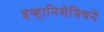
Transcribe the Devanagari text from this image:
इव्हानिसेविचने